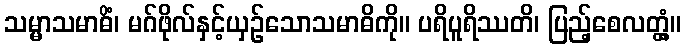
သမ္မာသမာဓိံ၊ မဂ်ဖိုလ်နှင့်ယှဉ်သောသမာဓိကို။ ပရိပူရိဿတိ၊ ပြည့်စေလတ္တံ့။